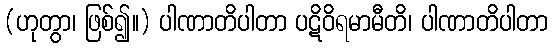
(ဟုတွာ၊ ဖြစ်၍။) ပါဏာတိပါတာ ပဋိဝိရမာမီတိ၊ ပါဏာတိပါတာ